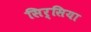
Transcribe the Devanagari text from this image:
सिर्सिया